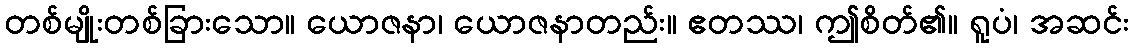
တစ်မျိုးတစ်ခြားသော။ ယောဇနာ၊ ယောဇနာတည်း။ ဧတဿ၊ ဤစိတ်၏။ ရူပံ၊ အဆင်း